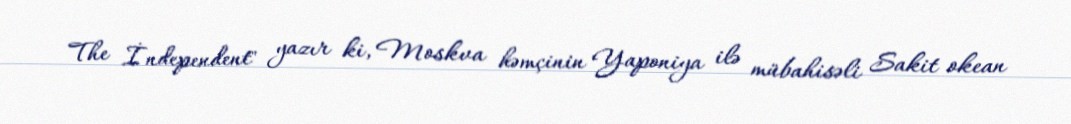
The İndependent" yazır ki, Moskva həmçinin Yaponiya ilə mübahisəli Sakit okean